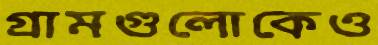
গ্রামগুলোকেও